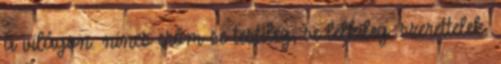
a világon. nincs erőm se testileg, se lelkileg. szerettelek.